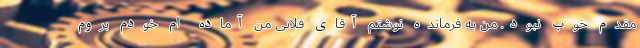
مقدم خوب نبود. من به فرمانده نوشتم آقای فلانی من آماده ام خودم بروم